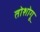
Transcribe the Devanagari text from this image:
तोशोगू